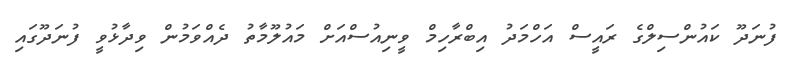
ފުނަދޫ ކައުންސިލްގެ ރައީސް އަހްމަދު އިބްރާހިމް ވީނިއުސްއަށް މައުލޫމާތު ދެއްވަމުން ވިދާޅުވީ ފުނަދޫގައި